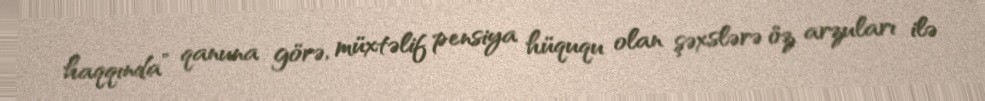
haqqında” qanuna görə, müxtəlif pensiya hüququ olan şəxslərə öz arzuları ilə